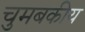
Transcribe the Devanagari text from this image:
चुमबकीय